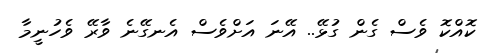
ކޮއްކޮ ވެސް ގެން ގުޅޭ.. އޭނަ އަށްވެސް އެނގޭނެ ވާރޭ ވެހުނީމާ